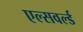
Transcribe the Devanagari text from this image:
एल्सवर्ल्ड